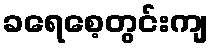
ခရေစေ့တွင်းကျ